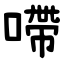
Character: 㗣